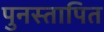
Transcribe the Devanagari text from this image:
पुनस्तापित